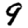
Digit: 9